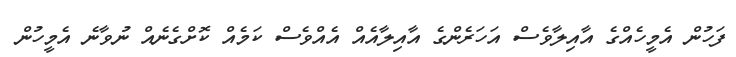
ފަހުން އެމީހެއްގެ އާއިލާވެސް އަހަރެންގެ އާއިލާއެއް އެއްވެސް ކަމެއް ކޮށްގެނެއް ނުވާނެ އެމީހުން